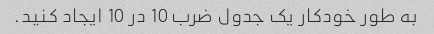
به طور خودکار یک جدول ضرب 10 در 10 ایجاد کنید.